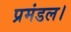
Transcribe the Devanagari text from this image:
प्रमंडल।